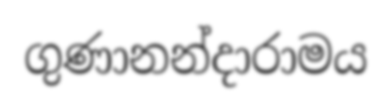
ගුණානන්දාරාමය